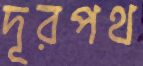
দূরপথ